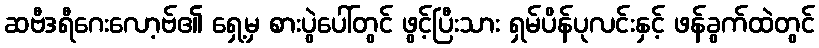
ဆဗီဒရီဂေးလော့ဗ်၏ ရှေ့မှ စားပွဲပေါ်တွင် ဖွင့်ပြီးသား ရှမ်ပိန်ပုလင်းနှင့် ဖန်ခွက်ထဲတွင်